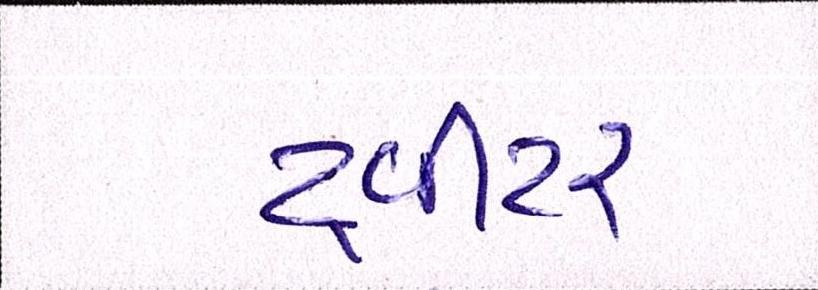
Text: ટ્વીટર